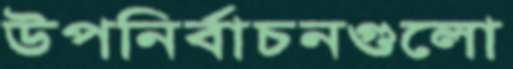
উপনির্বাচনগুলো